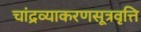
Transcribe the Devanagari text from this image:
चांद्रव्याकरणसूत्रवृत्ति